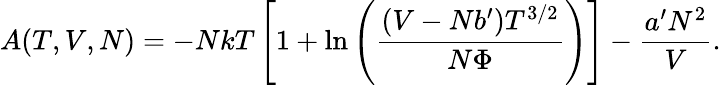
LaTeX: A(T,V,N)=-NkT\left[1+\ln\left({\frac{(V-Nb^{\prime})T^{3/2}}{N\Phi}}\right)\right]-{\frac{a^{\prime}N^{2}}{V}}.